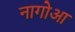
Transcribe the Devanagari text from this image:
नागोआ